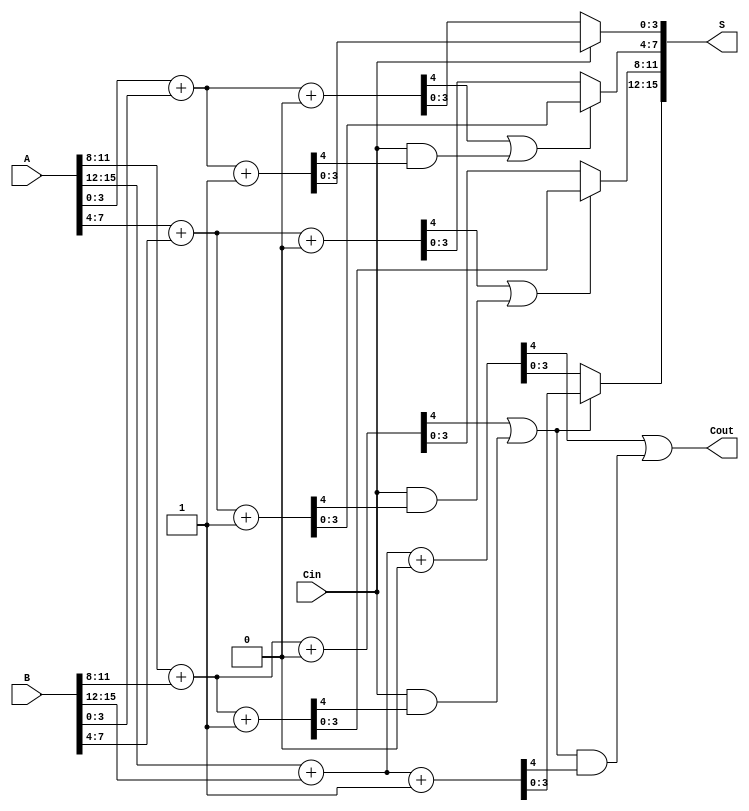
module MultiLevelCSLA #(parameter N = 16) (
    input [N-1:0] A,      // First input
    input [N-1:0] B,      // Second input
    input Cin,            // Carry input
    output [N-1:0] S,     // Sum output
    output Cout           // Carry output
);

    localparam BLOCK_SIZE = 4; // Size of each block
    localparam NUM_BLOCKS = N / BLOCK_SIZE; // Number of blocks

    wire [BLOCK_SIZE-1:0] S0 [NUM_BLOCKS-1:0]; // Sum when Cin = 0
    wire [BLOCK_SIZE-1:0] S1 [NUM_BLOCKS-1:0]; // Sum when Cin = 1
    wire [NUM_BLOCKS-1:0] C0; // Carry out when Cin = 0
    wire [NUM_BLOCKS-1:0] C1; // Carry out when Cin = 1
    wire [NUM_BLOCKS-1:0] carry_select; // Carry select signals

    // Generate sums and carries for each block
    genvar i;
    generate
        for (i = 0; i < NUM_BLOCKS; i = i + 1) begin : block
            wire [BLOCK_SIZE-1:0] A_block = A[i*BLOCK_SIZE +: BLOCK_SIZE];
            wire [BLOCK_SIZE-1:0] B_block = B[i*BLOCK_SIZE +: BLOCK_SIZE];

            // Full adder logic for carry-in = 0
            assign {C0[i], S0[i]} = A_block + B_block + 1'b0;

            // Full adder logic for carry-in = 1
            assign {C1[i], S1[i]} = A_block + B_block + 1'b1;
        end
    endgenerate

    // Carry selection logic
    assign carry_select[0] = Cin; // First block uses Cin directly
    generate
        for (i = 1; i < NUM_BLOCKS; i = i + 1) begin : carry_selection
            assign carry_select[i] = C0[i-1] | (Cin & C1[i-1]);
        end
    endgenerate

    // Final sum and carry output selection
    generate
        for (i = 0; i < NUM_BLOCKS; i = i + 1) begin : sum_selection
            assign S[i*BLOCK_SIZE +: BLOCK_SIZE] = (carry_select[i] ? S1[i] : S0[i]);
        end
    endgenerate

    // Final carry out
    assign Cout = C0[NUM_BLOCKS-1] | (carry_select[NUM_BLOCKS-1] & C1[NUM_BLOCKS-1]);

endmodule